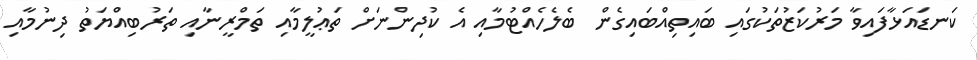
ކަނޑައަޅާފައިވާ މަރުކަޒުތަކުގައި ބައިތިއްބައިގެން ބެލެހެއްޓުމާއި އެ ކުދިންނަށް ތަޢުލީމާއި ތަމްރީނާއި ތަރުބިއްޔަތު ދިނުމާއި